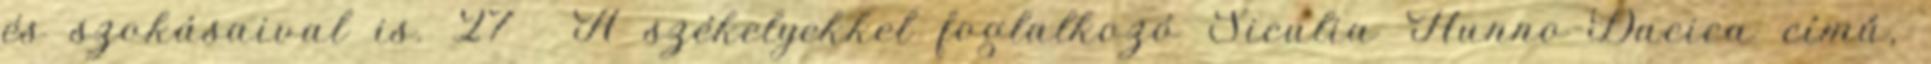
és szokásaival is. 27 A székelyekkel foglalkozó Siculia Hunno-Dacica című,